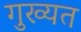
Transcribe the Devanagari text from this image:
गुख्यत